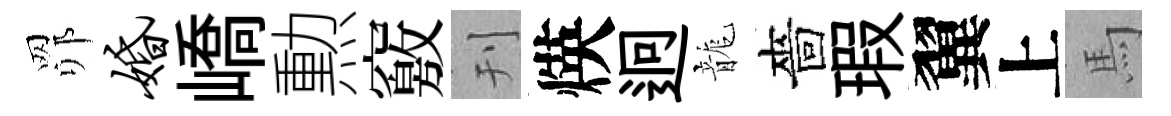
𦊑婚嶠勲竅刊煐迥龍嗇瑕翼上馬